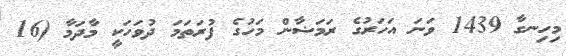
މިހިނގާ 1439 ވަނަ އަހަރުގެ ރަމަޟާން މަހުގެ ފުރަތަމަ ދުވަހަކީ މާދަމާ (16